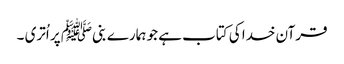
قرآن خدا کی کتاب ہے جو ہمارے بنیﷺ پر اُتری ۔